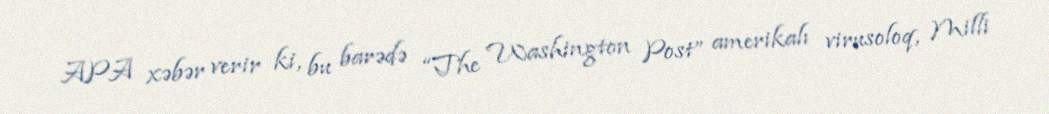
APA xəbər verir ki, bu barədə “The Washington Post” amerikalı virusoloq, Milli